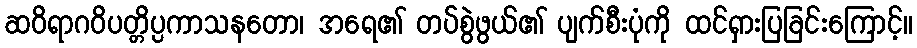
ဆဝိရာဂဝိပတ္တိပ္ပကာသနတော၊ အရေ၏ တပ်စွဲဖွယ်၏ ပျက်စီးပုံကို ထင်ရှားပြခြင်းကြောင့်။